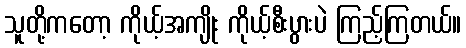
သူတို့ကတော့ ကိုယ့်အကျိုး ကိုယ့်စီးပွားပဲ ကြည့်ကြတယ်။